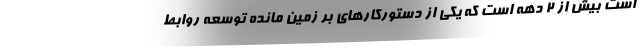
است بیش از 2 دهه است که یکی از دستورکارهای بر زمین مانده توسعه روابط